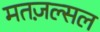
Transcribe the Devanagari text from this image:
मतज़ल्सल